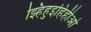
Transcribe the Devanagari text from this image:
झ्हिहुइहिहीओ